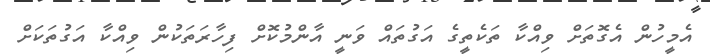
އެމީހުން އެގޮތަށް ވިއްކާ ތަކެތީގެ އަގުތައް ވަނީ އާންމުކޮށް ފިހާރަތަކުން ވިއްކާ އަގުތަކަށް